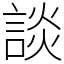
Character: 談